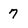
Character: 7